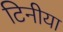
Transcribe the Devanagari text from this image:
टिनीया